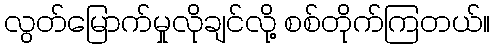
လွတ်မြောက်မှုလိုချင်လို့ စစ်တိုက်ကြတယ်။